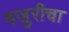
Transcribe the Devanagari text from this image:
मजुरीचा